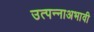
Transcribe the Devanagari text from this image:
उत्पन्नाअभावी